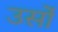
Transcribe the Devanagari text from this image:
उर्सो